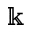
\Bbbk